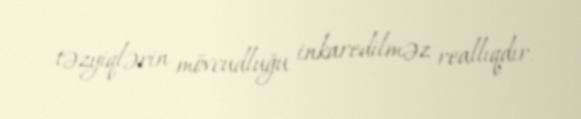
təzyiqlərin mövcudluğu inkaredilməz reallıqdır.